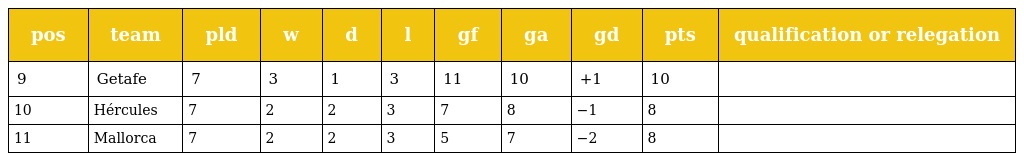
| pos | team | pld | w | d | l | gf | ga | gd | pts | qualification or relegation |
 | --- | --- | --- | --- | --- | --- | --- | --- | --- | --- | --- |
 | 9 | Getafe | 7 | 3 | 1 | 3 | 11 | 10 | +1 | 10 |  |
 | 10 | Hércules | 7 | 2 | 2 | 3 | 7 | 8 | −1 | 8 |  |
 | 11 | Mallorca | 7 | 2 | 2 | 3 | 5 | 7 | −2 | 8 |  |